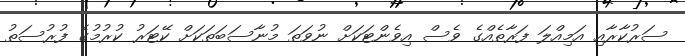
ސަރުކާރާއި އަމިއްލަ ފަރާތެއްގެ ވެސް އިވެންޓަކަށް ނުވަތަ މުނާސަބަތަކަށް ކޭޓަރު ކުރުމުގެ ފުރުސަތު